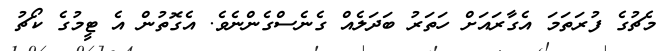
މެޗުގެ ފުރަތަމަ އެގާރައަށް ހަތަރު ބަދަލެއް ގެނެސްގެންނެވެ. އެގޮތުން އެ ޓީމުގެ ކޯޗު